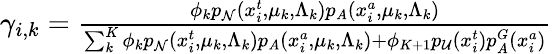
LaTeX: \begin{array}{r}{\gamma_{i,k}=\frac{\phi_{k}p_{\mathcal N}(x_{i}^{t},\mu_{k},\Lambda_{k})p_{A}(x_{i}^{a},\mu_{k},\Lambda_{k})}{\sum_{k}^{K}\phi_{k}p_{\mathcal N}(x_{i}^{t},\mu_{k},\Lambda_{k})p_{A}(x_{i}^{a},\mu_{k},\Lambda_{k})+\phi_{K+1}p_{\mathcal{U}}(x_{i}^{t})p_{A}^{G}(x_{i}^{a})}}\end{array}